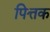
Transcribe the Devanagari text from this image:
पित्तक